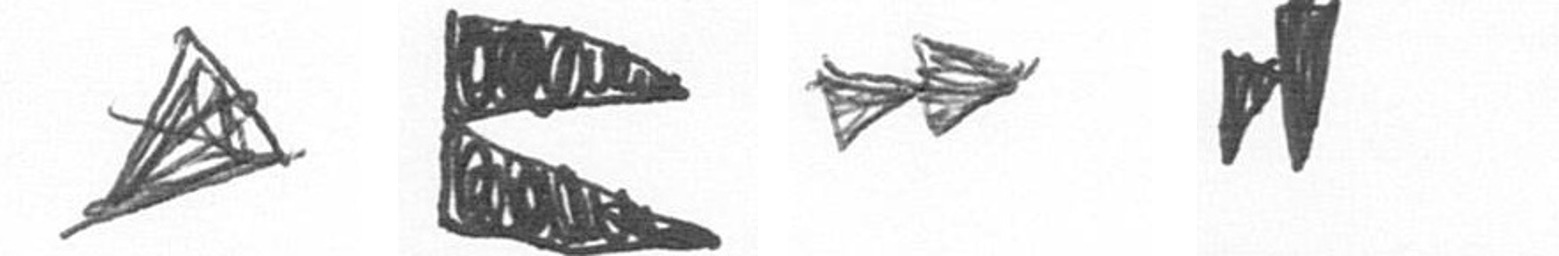
O P A M